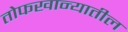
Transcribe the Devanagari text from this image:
तोफखान्यातील